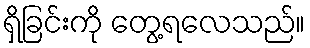
ရှိခြင်းကို တွေ့ရလေသည်။